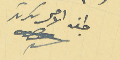
لجنة الاصل سكرتر